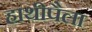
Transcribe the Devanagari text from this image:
हाथीपैला